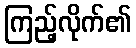
ကြည့်လိုက်၏